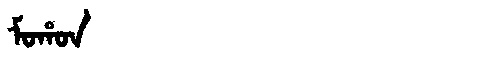
Manchu: ᠮᠣᡥᠣᠨ
Romanization: MOHON